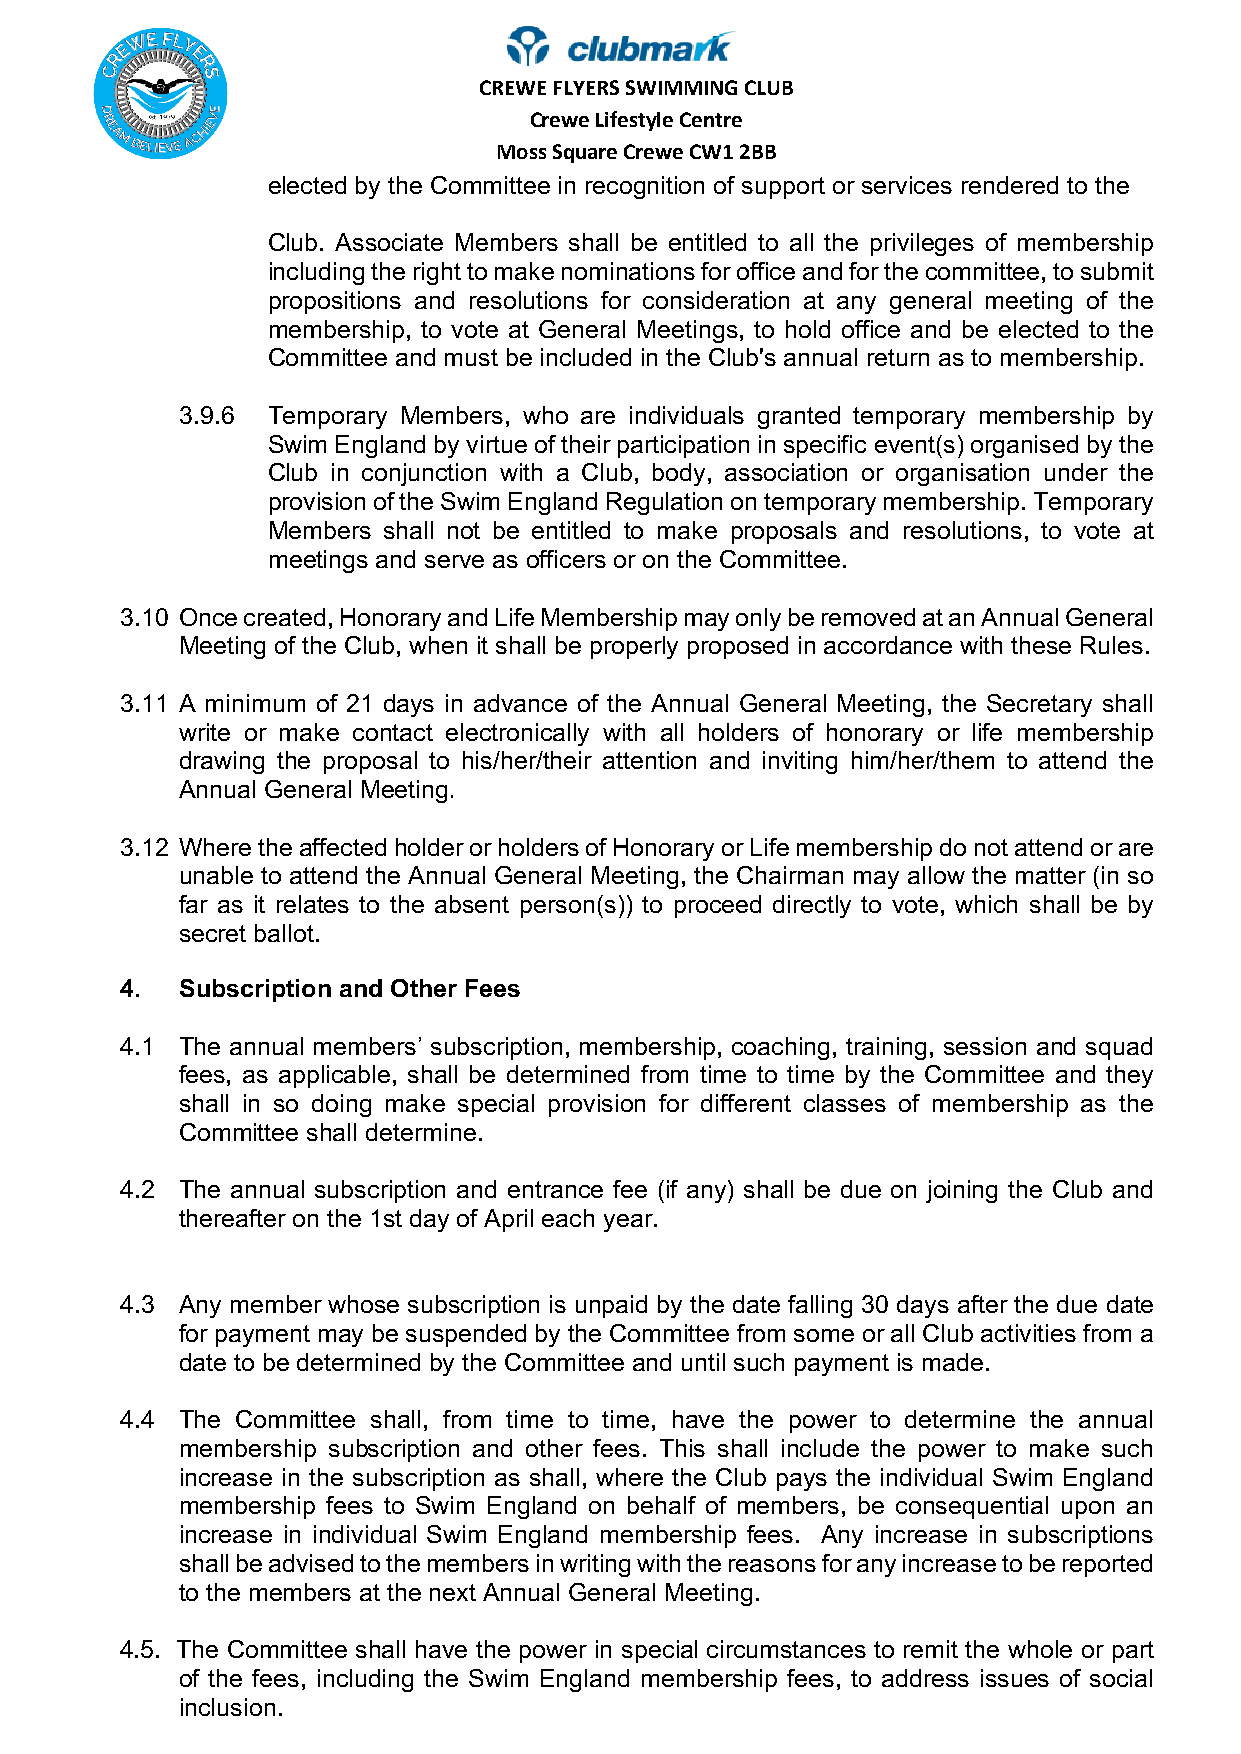
C R E W E FLYERS SWIMMING CLUB
 Crewe Lifestyle Centre
 Moss Square Crewe CW1 2BB
 elected by the Committee in recognition of support or services rendered to the
 Club. Associate Members shall be entitled to all the privileges of membership
 including the right to make nominations for office and for the committee, to submit
 propositions and resolutions for consideration at any general meeting of the
 membership, to vote at General Meetings, to hold office and be elected to the
 Committee and must be included in the Club's annual return as to membership.
 3.9.6 Temporary Members, who are individuals granted temporary membership by
 Swim England by virtue of their participation in specific event(s) organised by the
 Club in conjunction with a Club, body, association or organisation under the
 provision of the Swim England Regulation on temporary membership. Temporary
 Members shall not be entitled to make proposals and resolutions, to vote at
 meetings and serve as officers or on the Committee.
 3.10 Once created, Honorary and Life Membership may only be removed at an Annual General
 Meeting of the Club, when it shall be properly proposed in accordance with these Rules.
 3.11 A minimum of 21 days in advance of the Annual General Meeting, the Secretary shall
 write or make contact electronically with all holders of honorary or life membership
 drawing the proposal to his/her/their attention and inviting him/her/them to attend the
 Annual General Meeting.
 3.12 Where the affected holder or holders of Honorary or Life membership do not attend or are
 unable to attend the Annual General Meeting, the Chairman may allow the matter (in so
 far as it relates to the absent person(s)) to proceed directly to vote, which shall be by
 secret ballot.
 4.  Subscription and Other Fees
 4.1 The annual members’ subscription, membership, coaching, training, session and squad
 fees, as applicable, shall be determined from time to time by the Committee and they
 shall in so doing make special provision for different classes of membership as the
 Committee shall determine.
 4.2 The annual subscription and entrance fee (if any) shall be due on joining the Club and
 thereafter on the 1st day of April each year.
 4.3 Any member whose subscription is unpaid by the date falling 30 days after the due date
 for payment may be suspended by the Committee from some or all Club activities from a
 date to be determined by the Committee and until such payment is made.
 4.4 The Committee shall, from time to time, have the power to determine the annual
 membership subscription and other fees. This shall include the power to make such
 increase in the subscription as shall, where the Club pays the individual Swim England
 membership fees to Swim England on behalf of members, be consequential upon an
 increase in individual Swim England membership fees. Any increase in subscriptions
 shall be advised to the members in writing with the reasons for any increase to be reported
 to the members at the next Annual General Meeting.
 4.5. The Committee shall have the power in special circumstances to remit the whole or part
 of the fees, including the Swim England membership fees, to address issues of social
 inclusion.